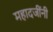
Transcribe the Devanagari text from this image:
महादजींनी